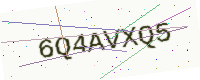
Text: 6Q4AVXQ5